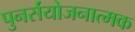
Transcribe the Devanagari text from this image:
पुनर्संयोजनात्मक